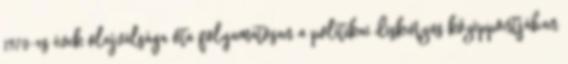
1970-es évek olajválsága óta folyamatosan a politikai diskurzus középpontjában